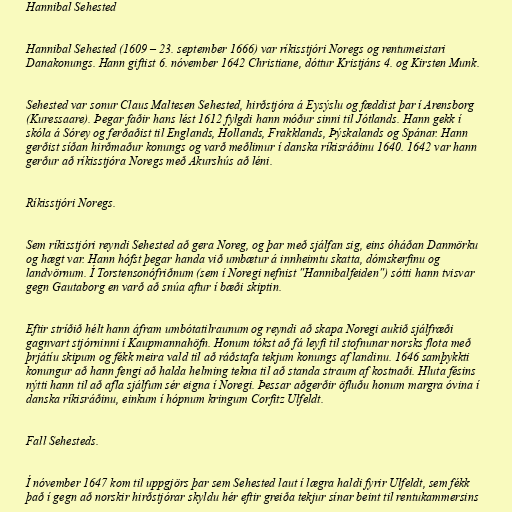
Hannibal Sehested

Hannibal Sehested (1609 – 23. september 1666) var ríkisstjóri Noregs og rentumeistari
Danakonungs. Hann giftist 6. nóvember 1642 Christiane, dóttur Kristjáns 4. og Kirsten Munk.

Sehested var sonur Claus Maltesen Sehested, hirðstjóra á Eysýslu og fæddist þar í Arensborg
(Kuressaare). Þegar faðir hans lést 1612 fylgdi hann móður sinni til Jótlands. Hann gekk í
skóla á Sórey og ferðaðist til Englands, Hollands, Frakklands, Þýskalands og Spánar. Hann
gerðist síðan hirðmaður konungs og varð meðlimur í danska ríkisráðinu 1640. 1642 var hann
gerður að ríkisstjóra Noregs með Akurshús að léni.

Ríkisstjóri Noregs.

Sem ríkisstjóri reyndi Sehested að gera Noreg, og þar með sjálfan sig, eins óháðan Danmörku
og hægt var. Hann hófst þegar handa við umbætur á innheimtu skatta, dómskerfinu og
landvörnum. Í Torstensonófriðnum (sem í Noregi nefnist "Hannibalfeiden") sótti hann tvisvar
gegn Gautaborg en varð að snúa aftur í bæði skiptin.

Eftir stríðið hélt hann áfram umbótatilraunum og reyndi að skapa Noregi aukið sjálfræði
gagnvart stjórninni í Kaupmannahöfn. Honum tókst að fá leyfi til stofnunar norsks flota með
þrjátíu skipum og fékk meira vald til að ráðstafa tekjum konungs af landinu. 1646 samþykkti
konungur að hann fengi að halda helming tekna til að standa straum af kostnaði. Hluta fésins
nýtti hann til að afla sjálfum sér eigna í Noregi. Þessar aðgerðir öfluðu honum margra óvina í
danska ríkisráðinu, einkum í hópnum kringum Corfitz Ulfeldt.

Fall Sehesteds.

Í nóvember 1647 kom til uppgjörs þar sem Sehested laut í lægra haldi fyrir Ulfeldt, sem fékk
það í gegn að norskir hirðstjórar skyldu hér eftir greiða tekjur sínar beint til rentukammersins